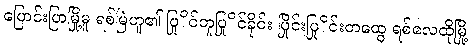
ပြောင်းပြာမြို့မူ ရစ်မြဲဟူ၏ ပြုိင်တူပြုိင်ခိုင်း ပြိုင်းပြုိင်းတထွေ ရစ်လေထိုမြို့